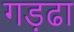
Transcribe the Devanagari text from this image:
गड़ढा